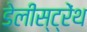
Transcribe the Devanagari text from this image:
डेलीस्ट्रेंथ